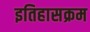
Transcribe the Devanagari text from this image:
इतिहासक्रम